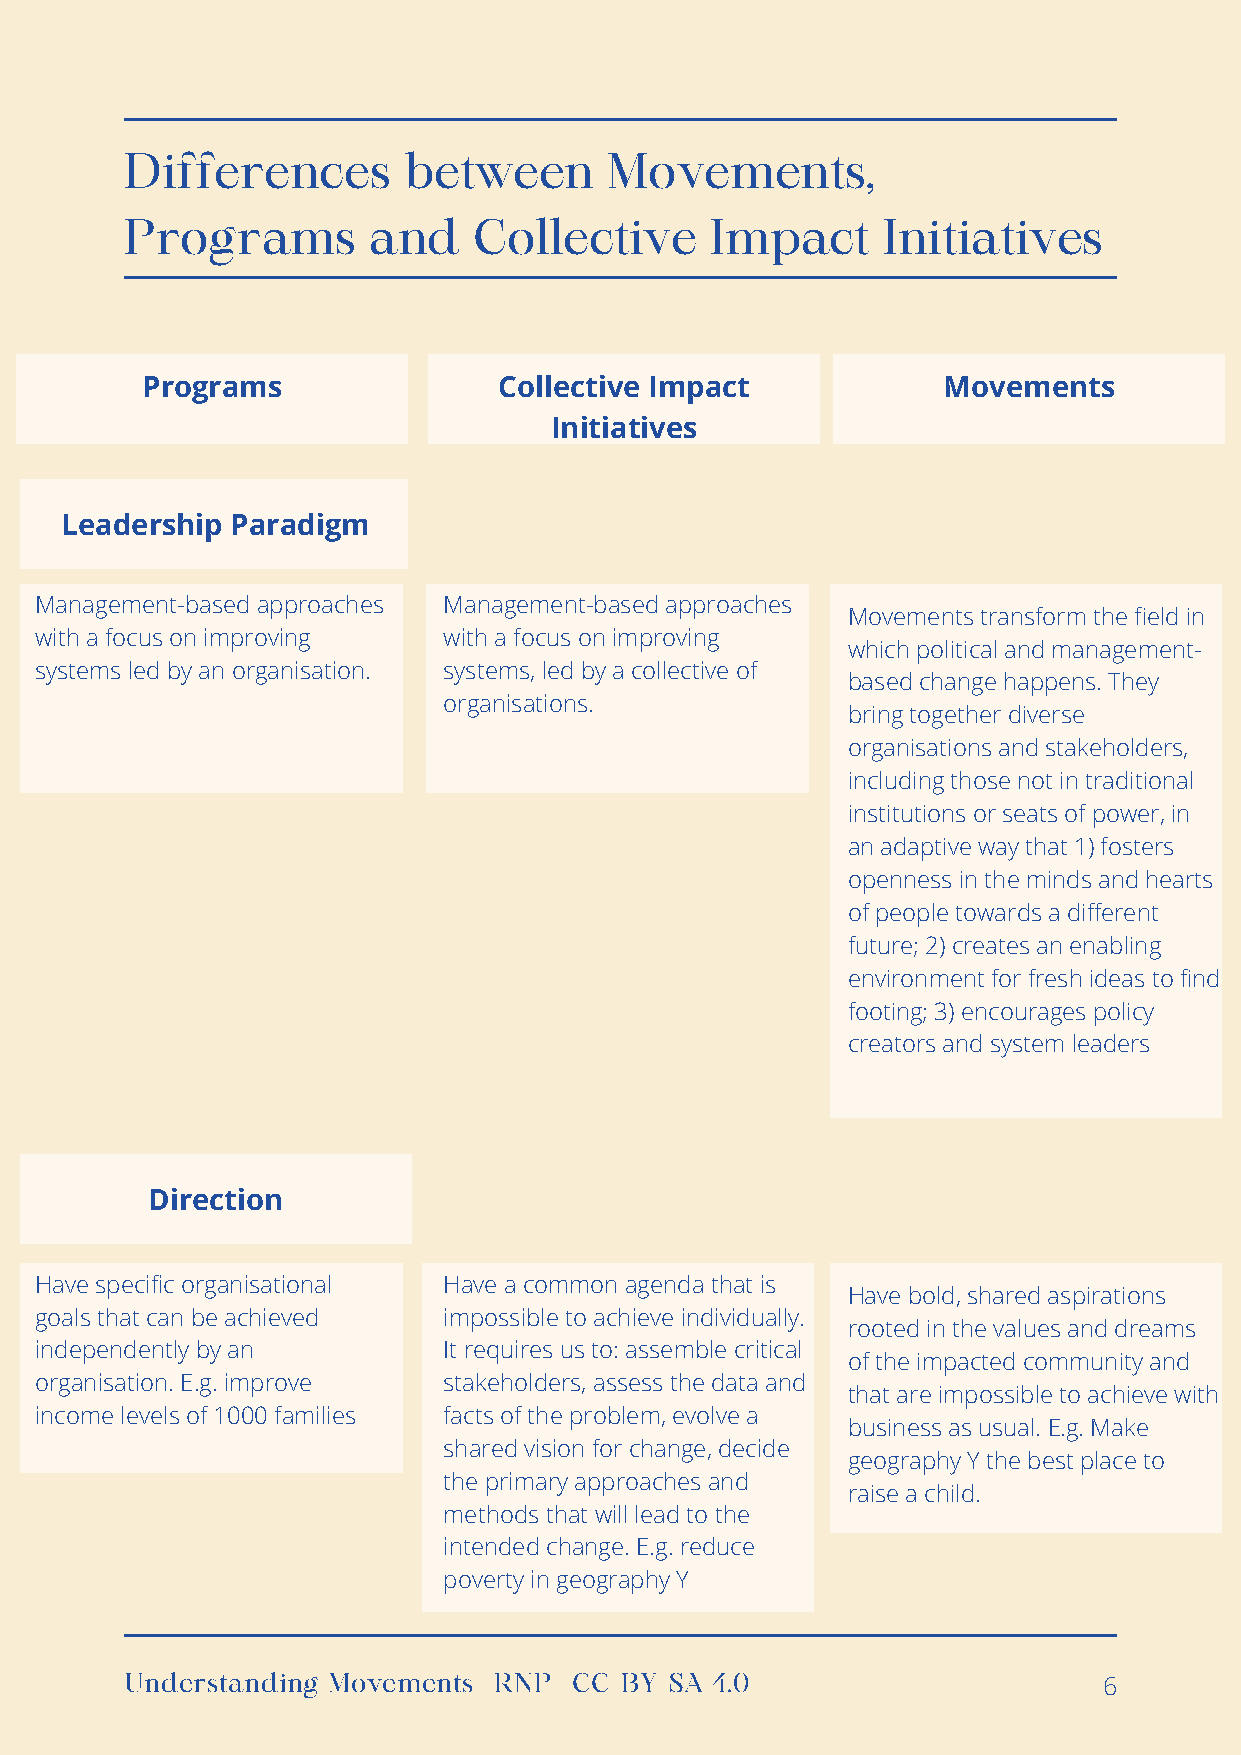
Differences        between      Movements,
 Programs        and    Collective      Impact     Initiatives
 Programs                Collective Impact            Movements
 Initiatives
 Leadership Paradigm
 Management-based approaches Management-based approaches
 Movements transform the field in
 with a focus on improving  with a focus on improving
 which political and management-
 systems led by an organisation. systems, led by a collective of
 based change happens. They
 organisations.
 bring together diverse
 organisations and stakeholders,
 including those not in traditional
 institutions or seats of power, in
 an adaptive way that 1) fosters
 openness in the minds and hearts
 of people towards a different
 future; 2) creates an enabling
 environment for fresh ideas to find
 footing; 3) encourages policy
 creators and system leaders
 Direction
 Have specific organisational Have a common agenda that is
 Have bold, shared aspirations
 goals that can be achieved impossible to achieve individually.
 rooted in the values and dreams
 independently by an        It requires us to: assemble critical
 of the impacted community and
 organisation. E.g. improve stakeholders, assess the data and
 that are impossible to achieve with
 income levels of 1000 families facts of the problem, evolve a
 business as usual. E.g. Make
 shared vision for change, decide
 geography Y the best place to
 the primary approaches and
 raise a child.
 methods that will lead to the
 intended change. E.g. reduce
 poverty in geography Y
 Understanding Movements | RNP | CC-BY-SA 4.0                     6